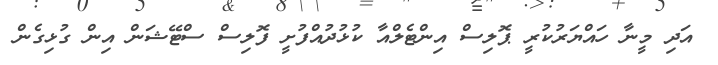
އަދި މީނާ ހައްޔަރުކުރީ ޕޮލިސް އިންޓެލްއާ ކުޅުދުއްފުށީ ފޮލިސް ސްޓޭޝަން އިން ގުޅިގެން